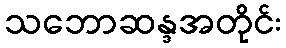
သဘောဆန္ဒအတိုင်း